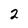
Character: 2